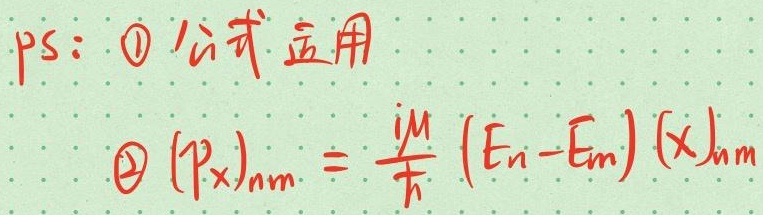
ps：\textcircled{1}公式应用
\textcircled{2}\((p_{x})_{nm} = \frac{iM}{\hbar} (E_{n}-E_{m}) (x)_{nm}\)